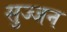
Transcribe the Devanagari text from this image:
सुज्जन